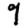
Digit: 9